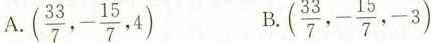
A (\frac{33}{7},- \frac{15}{7},4) B. (\frac{33}{7},- \frac{15}{7},-3)